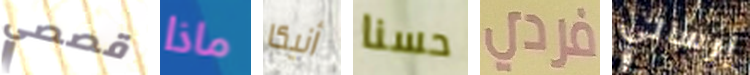
قصصي ماذا أنيكا حسنا فردي إرسالي